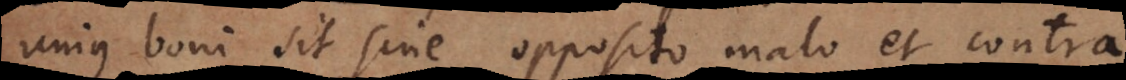
unius boni sit sine opposito malo et contra,